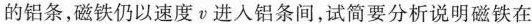
的铝条，磁铁仍以速度v进入铝条间，试简要分析说明磁铁在